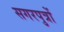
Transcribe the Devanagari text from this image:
सगरपुत्रों